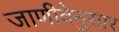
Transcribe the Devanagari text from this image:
जाणीवेनुसार